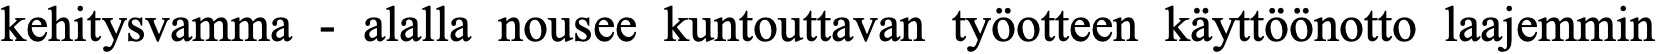
kehitysvamma - alalla nousee kuntouttavan työotteen käyttöönotto laajemmin